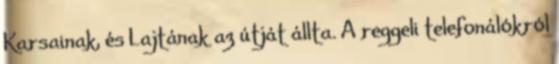
Karsainak, és Lajtának az útját állta. A reggeli telefonálókról